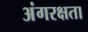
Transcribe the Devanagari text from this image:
अंगरक्षता